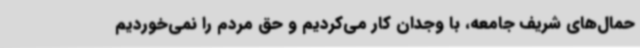
حمال‌های شریف جامعه، با وجدان کار می‌کردیم و حق مردم را نمی‌خوردیم